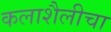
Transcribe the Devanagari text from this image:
कलाशैलीचा